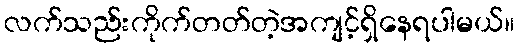
လက်သည်းကိုက်တတ်တဲ့အကျင့်ရှိနေရပါမယ်။